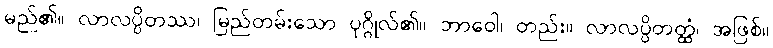
မည်၏။ လာလပ္ပိတဿ၊ မြည်တမ်းသော ပုဂ္ဂိုလ်၏။ ဘာဝေါ၊ တည်း။ လာလပ္ပိတတ္ထံ၊ အဖြစ်။